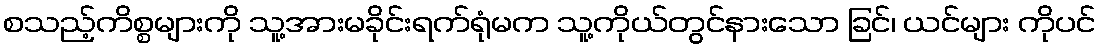
စသည့်ကိစ္စများကို သူ့အားမခိုင်းရက်ရုံမက သူ့ကိုယ်တွင်နားသော ခြင်၊ ယင်များ ကိုပင်